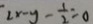
2 x - y - \frac { 1 } { 2 } = 0